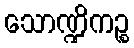
သောဏ္ဍိကဉ္စ